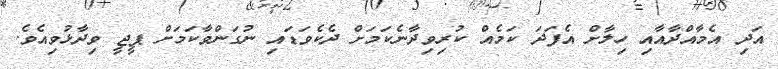
އަދި އެމާއްދާއާއި ހިލާށް އެފަދަ ކަމެއް ކުރިވިދާނެކަމަށް ދެކެވަޑައި ނުގަންވާކަމަށް ޕީޖީ ވިދާޅުވިއެވެ.